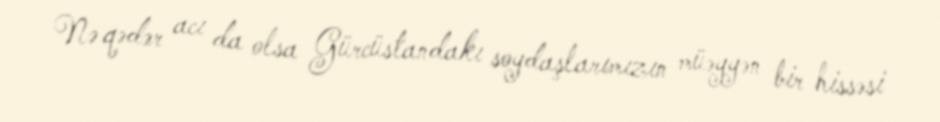
Nə qədər acı da olsa Gürcüstandakı soydaşlarımızın müəyyən bir hissəsi